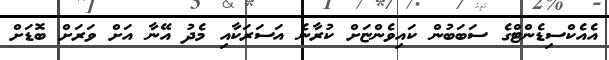
އެއެކްސިޑެންޓްގެ ސަބަބުން ކައިވެންޏަށް ކުރާނެ އަސަރަކާއި މެދު އޭނާ އަށް ވަރަށް ބޮޑަށް